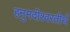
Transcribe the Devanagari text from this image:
हनुमदीश्वरतीर्थ